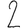
Digit: 2